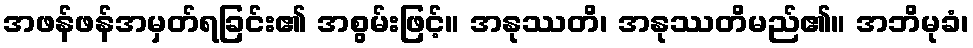
အဖန်ဖန်အမှတ်ရခြင်း၏ အစွမ်းဖြင့်။ အနုဿတိ၊ အနုဿတိမည်၏။ အဘိမုခံ၊